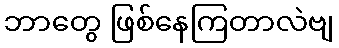
ဘာတွေ ဖြစ်နေကြတာလဲဗျ